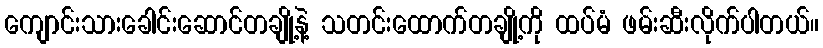
ကျောင်းသားခေါင်းဆောင်တချို့နဲ့ သတင်းထောက်တချို့ကို ထပ်မံ ဖမ်းဆီးလိုက်ပါတယ်။